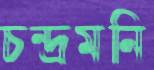
চন্দ্রমনি